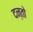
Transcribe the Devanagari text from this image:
दन्तो